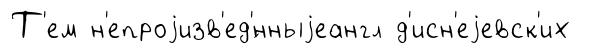
Т'ем н'епроjизв'ед'́нныjеангл д'исн'еjевск'их